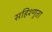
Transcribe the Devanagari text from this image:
सहिश्णुता